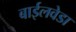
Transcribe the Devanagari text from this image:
बाईलवेडा